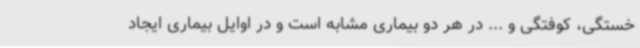
خستگی، کوفتگی و ... در هر دو بیماری مشابه است و در اوایل بیماری ایجاد